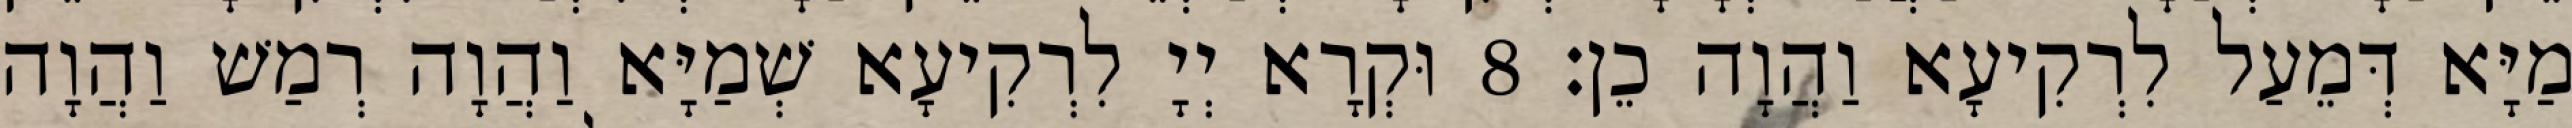
מַיָּא דְּמֵעַל לִרְקִיעָא וַהֲוָה כֵן׃ 8 וּקְרָא יְיָ לִרְקִיעָא שְׁמַיָּא וַהֲוָה רְמַשׁ וַהֲוָה